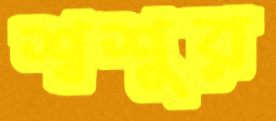
শ্বশুর